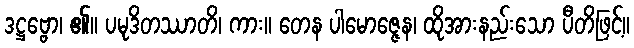
ဒဋ္ဌဗ္ဗော၊ ၏။ ပမုဒိတဿာတိ၊ ကား။ တေန ပါမောဇ္ဇေန၊ ထိုအားနည်းသော ပီတိဖြင့်။